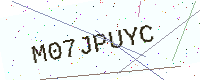
Text: M07JPUYC